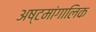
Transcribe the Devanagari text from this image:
अष्टमांगालिक